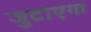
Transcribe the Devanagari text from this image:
जुटाएगा